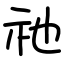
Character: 祂